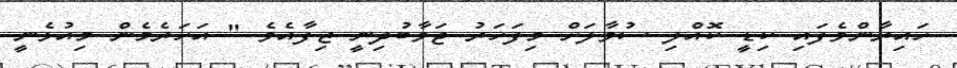
ހައިރާންވެފައި ކިޑީ ކޮއްލި ސުވާލަށް މިފަހަރު ޖަވާބުދިނީ ޒިފާއެވެ " އަހަރެމެން މިއުޅެނީ